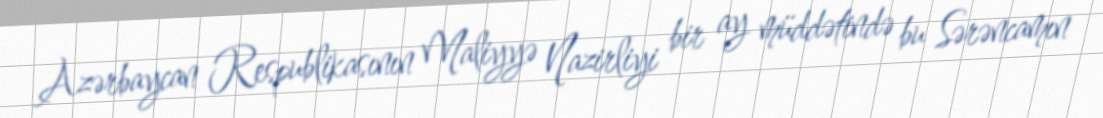
Azərbaycan Respublikasının Maliyyə Nazirliyi bir ay müddətində bu Sərəncamın